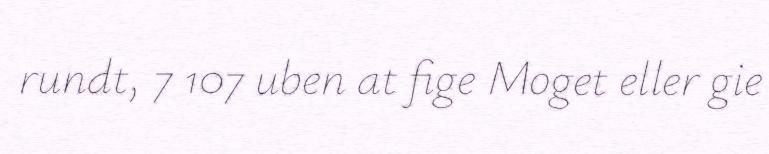
rundt, 7 107 uben at fige Moget eller gie